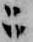
ニ